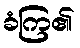
ခံကြ၏